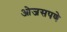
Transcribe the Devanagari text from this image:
ओजसपणे